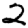
Digit: 2